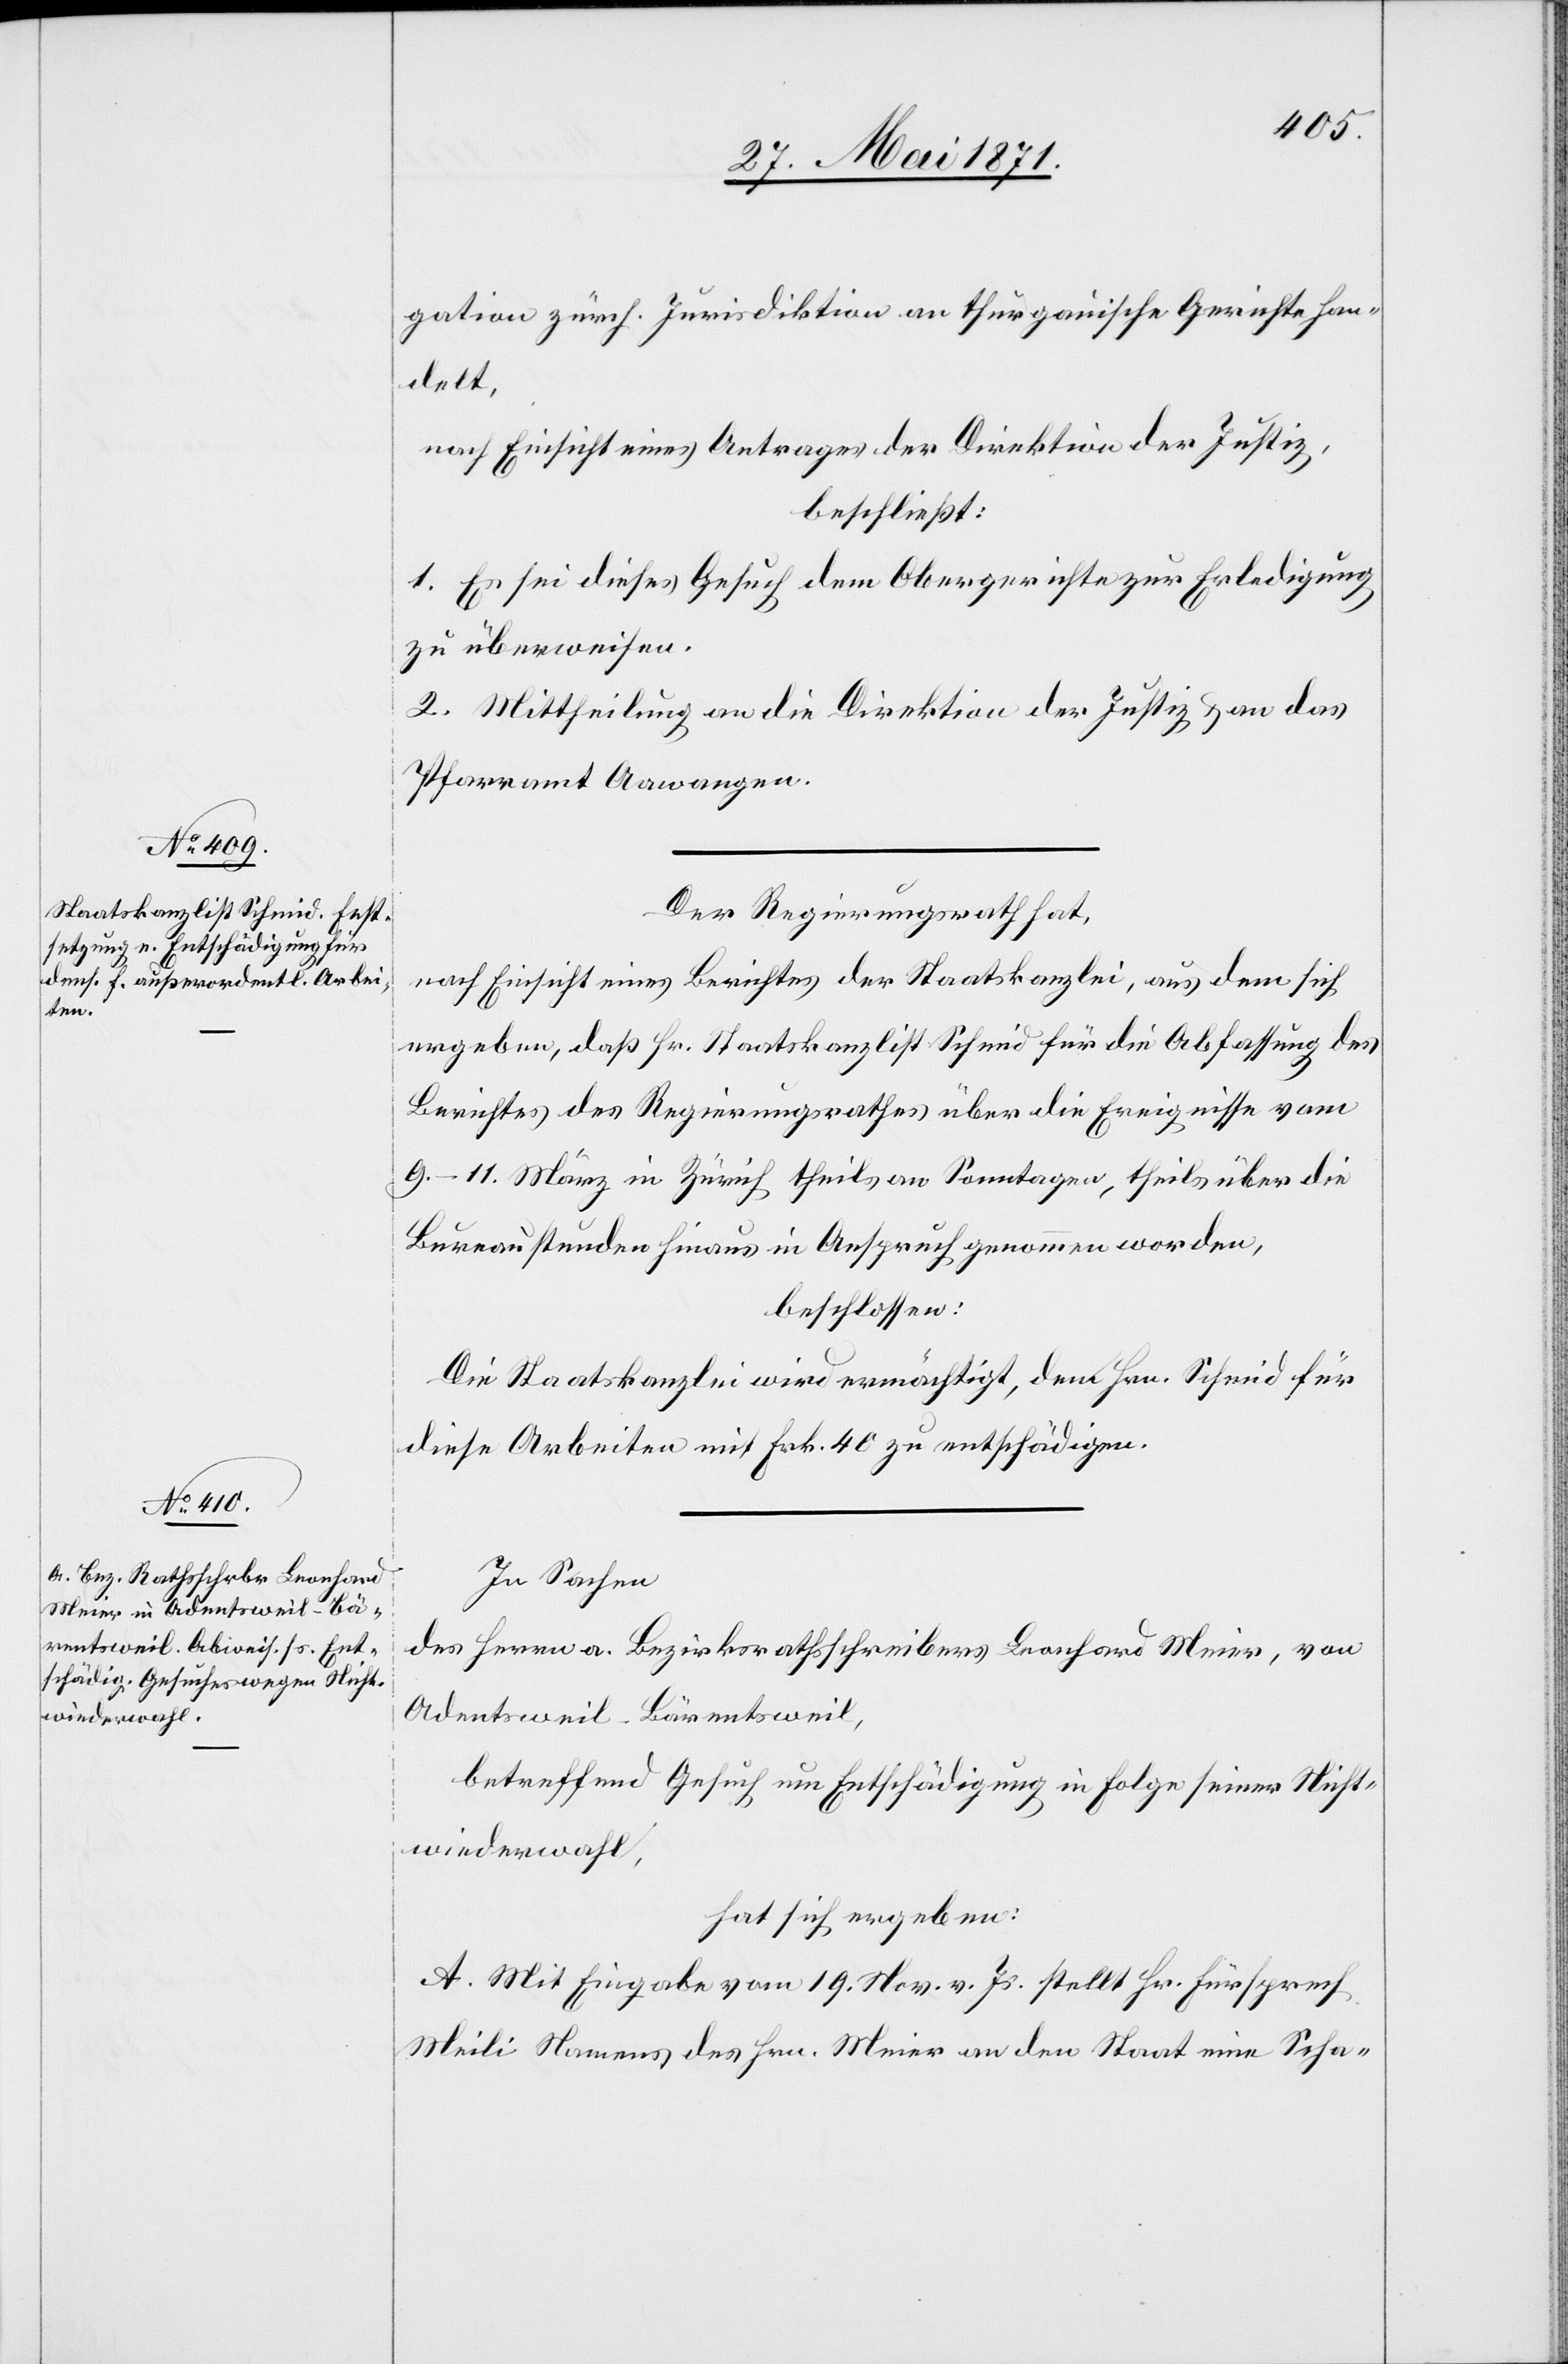
gation zürch. Jurisdiktion an thurgauische Gerichte han¬
delt,
nach Einsicht eines Antrages der Direktion der Justiz,
beschließt:
1. Es sei dieses Gesuch dem Obergerichte zur Erledigung
zu überweisen.
2. Mittheilung an die Direktion der Justiz u. an das
Pfarramt Aawangen.
Der Regierungsrath hat,
nach Einsicht eines Berichtes der Staatskanzlei, aus dem sich
ergeben, daß Hr. Staatskanzlist Schmid für die Abfassung des
Berichtes des Regierungsrathes über die Ereignisse vom
9.–11. März in Zürich theils an Sonntagen, theils über die
Bureaustunden hinaus in Anspruch genommen worden,
beschlossen:
Die Staatskanzlei wird ermächtigt, dem [sic!] Hrn. Schmid für
diese Arbeiten mit Frk. 40 zu entschädigen.
In Sachen
des Herrn a. Bezirksrathsschreibers Leonhard Meier, von
Adentsweil-Bärentsweil,
betreffend Gesuch um Entschädigung in Folge seiner Nicht¬
wiederwahl,
hat sich ergeben:
A. Mit Eingabe vom 19. Nov. v. Js. stellt Hr. Fürsprech
Meili Namens des Hrn. Meier an den Staat eine Scha-